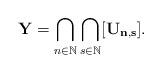
LaTeX: \begin{align*}\mathbf{Y} = \bigcap_{n \in \mathbb{N}} \bigcap_{s \in \mathbb{N}} [\mathbf{U_{n,s}}].\end{align*}